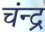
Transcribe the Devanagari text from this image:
चंन्द्र